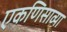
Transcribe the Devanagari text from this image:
एकणिसाव्या